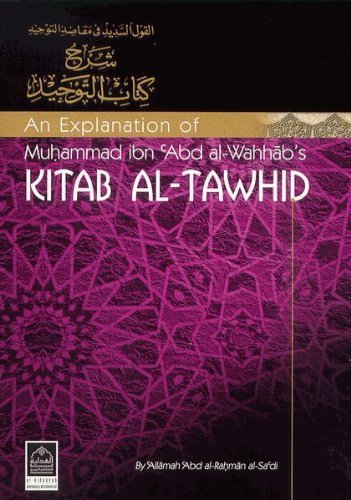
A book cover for An Explanation of Muhammad Ibn Abd Al-Wahhab's Kitab Al-Tawhid (English and Arabic Edition); Abd Al-Rahman Al-Sadi; Religion & Spirituality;